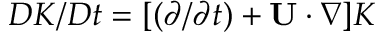
D K / D t = [ ( \partial / \partial t ) + { \bf { U } } \cdot \nabla ] K